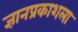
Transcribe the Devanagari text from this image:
ज्ञानप्रकाशला